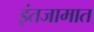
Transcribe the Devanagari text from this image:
इंतजामात